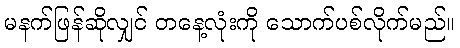
မနက်ဖြန်ဆိုလျှင် တနေ့လုံးကို သောက်ပစ်လိုက်မည်။